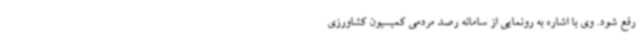
رفع شود. وی با اشاره به رونمایی از سامانه رصد مردمی کمیسیون کشاورزی